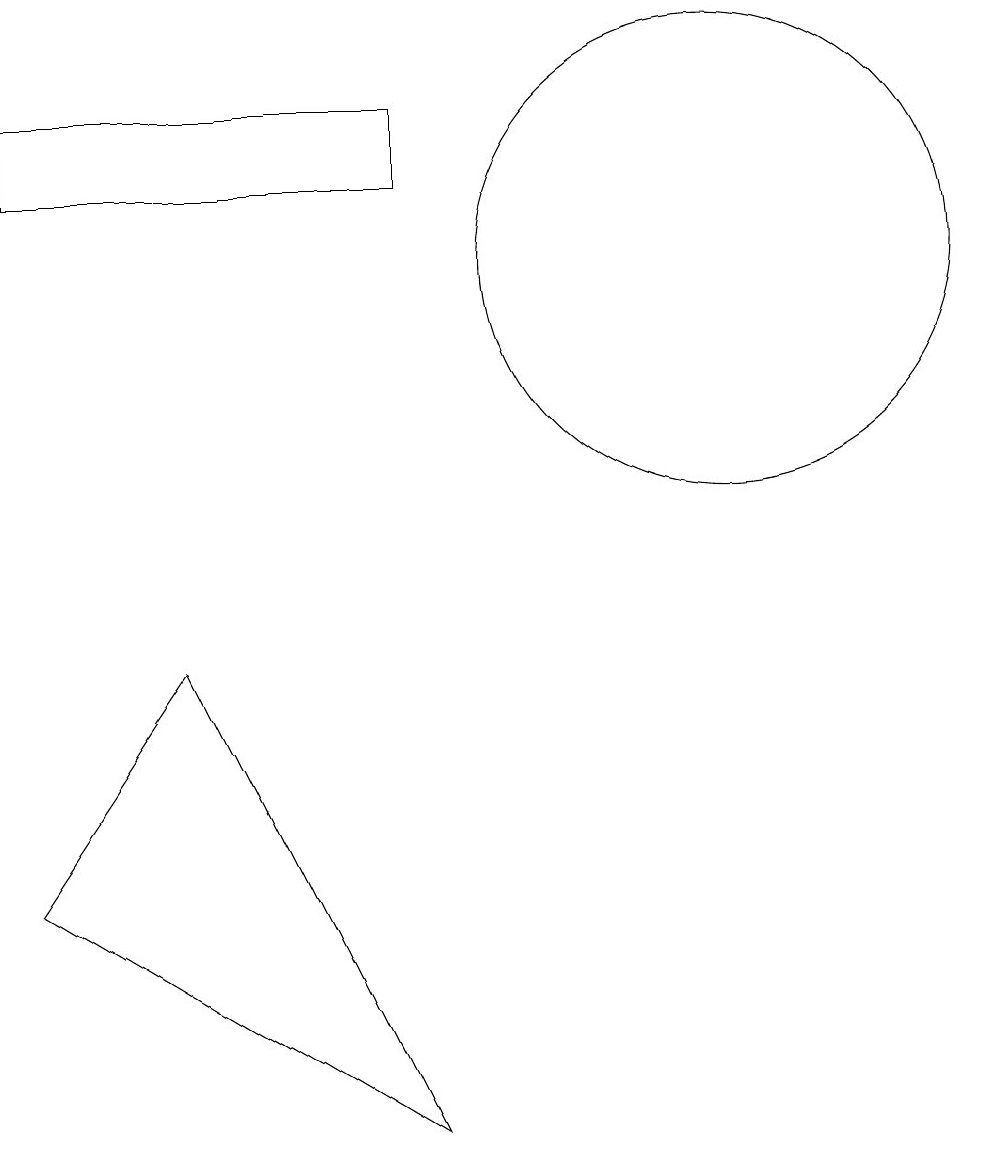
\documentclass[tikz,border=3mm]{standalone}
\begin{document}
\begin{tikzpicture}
\draw (8,1) -- (5,7) -- (3,4) -- cycle;
\draw (8,14) rectangle (3,13);
\draw (12,12) circle (3);
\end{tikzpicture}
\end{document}